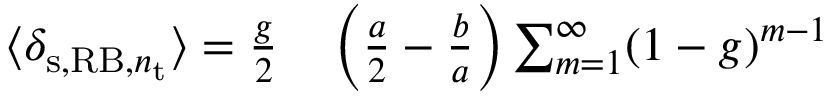
\begin{array} { r l } { \langle \delta _ { \mathrm { s } , \mathrm { R B } , n _ { \mathrm { t } } } \rangle = \frac { g } { 2 } } & { { } \left( \frac { a } { 2 } - \frac { b } { a } \right) \sum _ { m = 1 } ^ { \infty } ( 1 - g ) ^ { m - 1 } } \end{array}